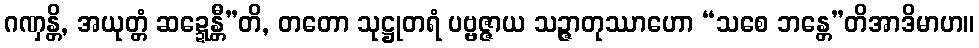
ဂဏှန္တိ, အယုတ္တံ ဆဍ္ဍေန္တီ”တိ, တတော သုဋ္ဌုတရံ ပဗ္ဗဇ္ဇာယ သဉ္ဇာတုဿာဟော “သစေ ဘန္တေ”တိအာဒိမာဟ။